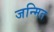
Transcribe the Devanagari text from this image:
जन्मित